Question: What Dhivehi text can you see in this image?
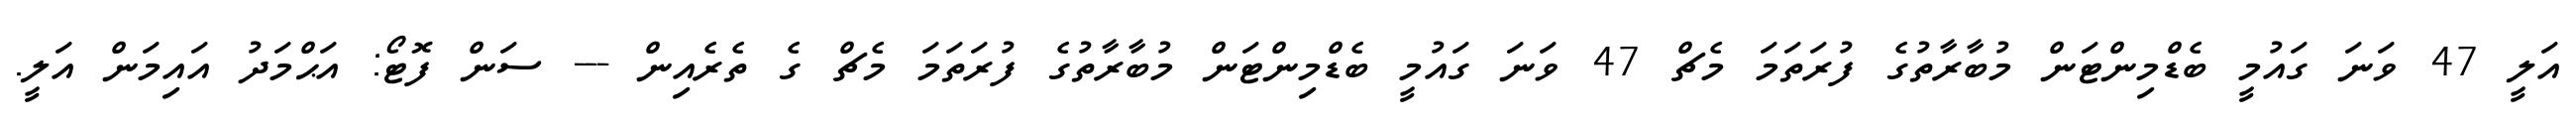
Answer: އަލީ 47 ވަނަ ގައުމީ ބެޑްމިންޓަން މުބާރާތުގެ ފުރަތަމަ މެޗް 47 ވަނަ ގައުމީ ބެޑްމިންޓަން މުބާރާތުގެ ފުރަތަމަ މެޗް ގެ ތެރެއިން --- ސަން ފޮޓޯ: އަޙްމަދު އައިމަން އަލީ.